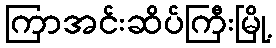
ကြာအင်းဆိပ်ကြီးမြို့